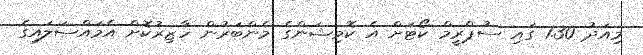
މިއަދު 1.30 ގައި ސުޕްރީމް ކޯޓަށް އެ ކޮމިޝަންގެ މެންބަރުން ހާޒިރުކޮށް އެމައްސަލައިގެ